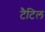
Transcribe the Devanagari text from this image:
टैटिल